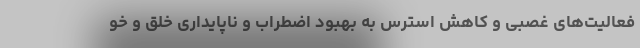
فعالیت‌های غصبی و کاهش استرس به بهبود اضطراب و ناپایداری خلق و خو